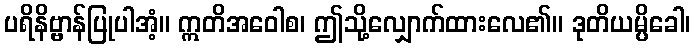
ပရိနိဗ္ဗာန်ပြုပါအံ့။ ဣတိအဝေါစ၊ ဤသို့လျှောက်ထားလေ၏။ ဒုတိယမ္ပိခေါ၊